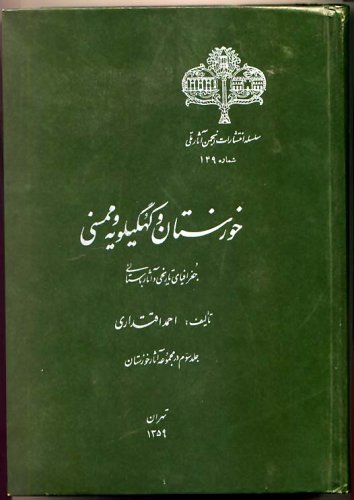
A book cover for Monuments and Historical Places in the Persian Gulf (Farsi Language) (Volume 3); Ahmad Eqtedari; History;